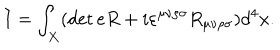
LaTeX: I = \int _ { X } ( \det e R + i \varepsilon ^ { \mu \nu \rho \sigma } R _ { \mu \nu \rho \sigma } ) d ^ { 4 } x .